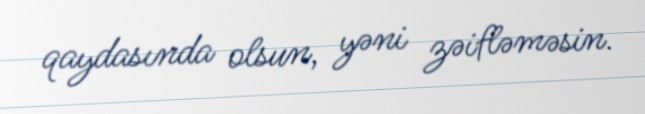
qaydasında olsun, yəni zəifləməsin.